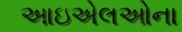
આઇએલઓના